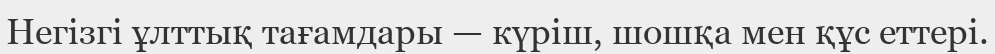
Негізгі ұлттық тағамдары — күріш, шошқа мен құс еттері.